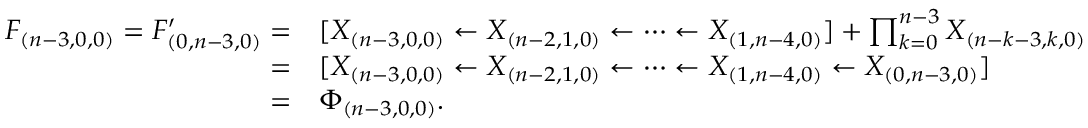
\begin{array} { r l } { F _ { ( n - 3 , 0 , 0 ) } = F _ { ( 0 , n - 3 , 0 ) } ^ { \prime } = } & { [ X _ { ( n - 3 , 0 , 0 ) } \leftarrow X _ { ( n - 2 , 1 , 0 ) } \leftarrow \cdots \leftarrow X _ { ( 1 , n - 4 , 0 ) } ] + \prod _ { k = 0 } ^ { n - 3 } X _ { ( n - k - 3 , k , 0 ) } } \\ { = } & { [ X _ { ( n - 3 , 0 , 0 ) } \leftarrow X _ { ( n - 2 , 1 , 0 ) } \leftarrow \cdots \leftarrow X _ { ( 1 , n - 4 , 0 ) } \leftarrow X _ { ( 0 , n - 3 , 0 ) } ] } \\ { = } & { \Phi _ { ( n - 3 , 0 , 0 ) } . } \end{array}